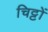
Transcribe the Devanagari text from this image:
चिट्टों